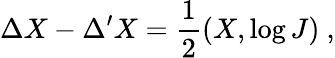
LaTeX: \Delta X-\Delta^{\prime}X=\frac{1}{2}(X,\log J)\ ,